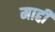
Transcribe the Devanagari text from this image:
माद्दी